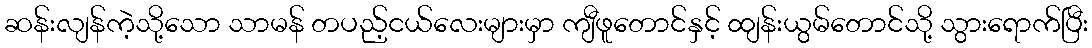
ဆန်းလျန်ကဲ့သို့သော သာမန် တပည့်ငယ်လေးများမှာ ကျီဖူတောင်နှင့် ထျန်းယွမ်တောင်သို့ သွားရောက်ပြီး